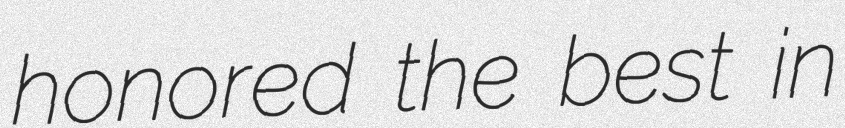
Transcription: honored the best in